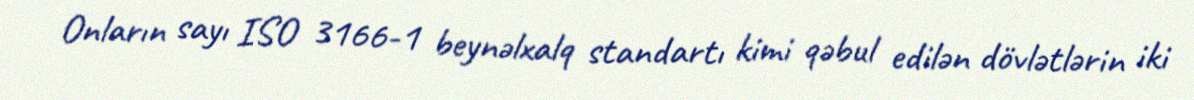
Onların sayı ISO 3166-1 beynəlxalq standartı kimi qəbul edilən dövlətlərin iki